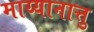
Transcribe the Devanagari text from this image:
माय्यानात्तु